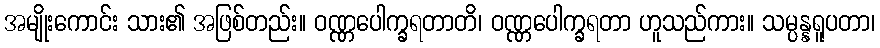
အမျိုးကောင်း သား၏ အဖြစ်တည်း။ ဝဏ္ဏပေါက္ခရတာတိ၊ ဝဏ္ဏပေါက္ခရတာ ဟူသည်ကား။ သမ္ပန္နရူပတာ၊